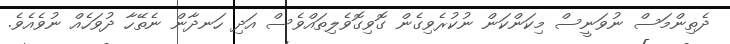
ދެތިންމަސް ނުވަނީސް މިކަންކަން ނުކުރެވިގެން ގޮވިގޮވެލިތައްވެސް އަދި ހަނދާން ނެތޭހާ ދުވަހެއް ނުވެއެވެ.